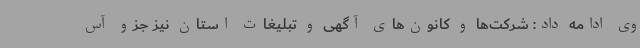
وی ادامه داد: شرکت‌ها و کانون‌های آگهی و تبلیغات استان نیز جزو آس